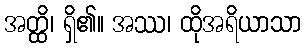
အတ္ထိ၊ ရှိ၏။ အဿ၊ ထိုအရိယာသာ